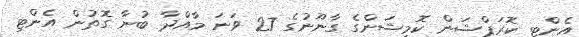
އެންޓި ކޮރަޕްޝަން ކޮމިޝަންގެ ގާނޫނުގެ 27 ވަނަ މާއްދާ ބުނާ ގޮތުން އެންޓި